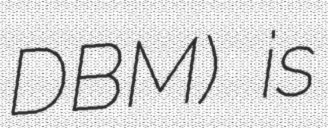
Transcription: DBM) is